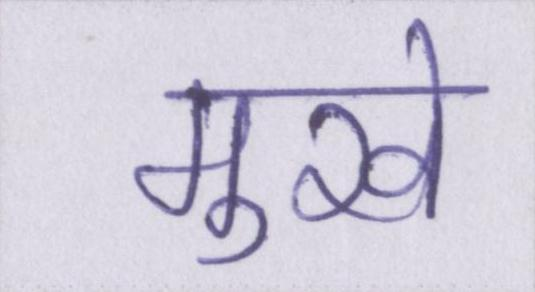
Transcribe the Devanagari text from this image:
मुखे